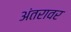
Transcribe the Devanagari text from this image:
अंतरावर